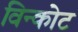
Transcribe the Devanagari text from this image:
विन्कोट